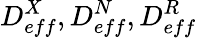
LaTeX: D_{eff}^{X},D_{eff}^{N},D_{eff}^{R}